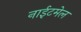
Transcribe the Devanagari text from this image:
नाईटमेल